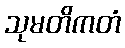
သုမတိကတံ